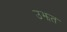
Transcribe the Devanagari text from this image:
उझत